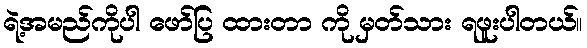
ရဲ့အမည်ကိုပါ ဖော်ပြ ထားတာ ကို မှတ်သား ရဖူးပါတယ်။